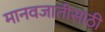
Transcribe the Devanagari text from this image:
मानवजातीसाठी